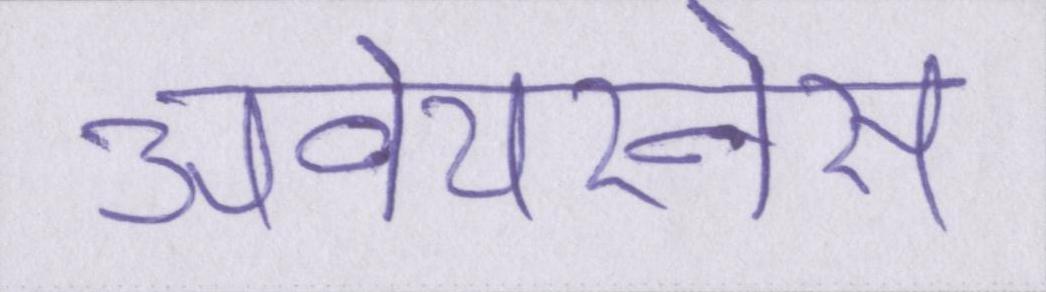
अवेयरनेस